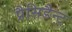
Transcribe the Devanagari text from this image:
प्रैसिडैन्ट